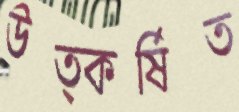
উত্কর্ষিত